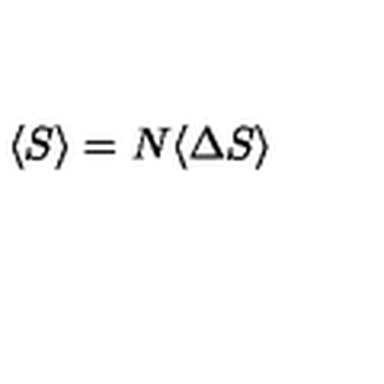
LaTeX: \langle S \rangle = N \langle \Delta S \rangle